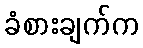
ခံစားချက်က